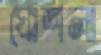
ঘোশলা